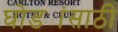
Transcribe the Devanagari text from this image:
घोड्यांसाठी